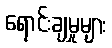
ရောင်းချမှုများ